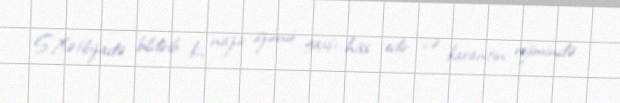
S.Xətibzadə bildirib ki, nazir özünü yaxşı hiss edir və karantin rejimində